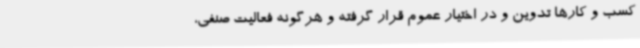
کسب و کارها تدوین و در اختیار عموم قرار گرفته و هرگونه فعالیت صنفی،